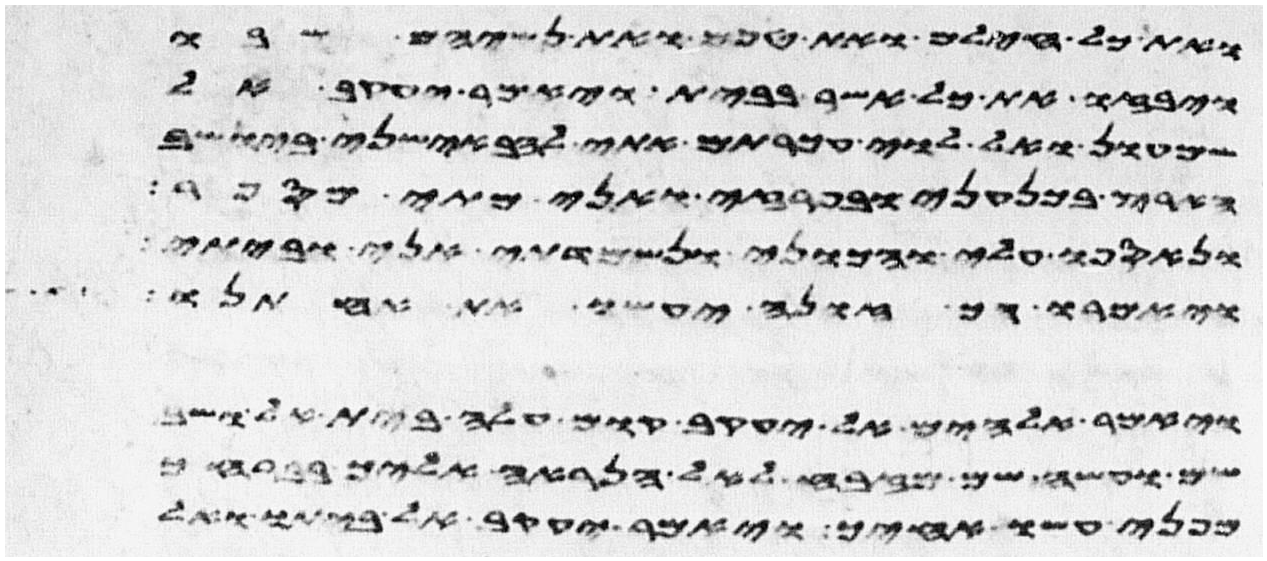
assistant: ואת כל חילם ואת טפם ואת נשיהם שבו
ויבזו את כל אשר בבית ויאמר יעקב אל
שמעון ואל לוי עכרתם אתי להבאשני ביושב
הארץ בכנעני ובפרזי ואני מתי מספר
ונאספו עלי והכוני ונשמדתי אני וביתי
ויאמרו הך זונה יעשו את אחותנו
ויאמר אלהים אל יעקב קום עלה בית אל ושב
שם ועשה שם מזבח לאל הנראה אליך בברחך
מפני עשו אחיך ויאמר יעקב אל ביתו ואל